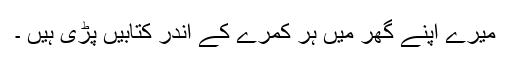
میرے اپنے گھر میں ہر کمرے کے اندر کتابیں پڑی ہیں ۔